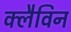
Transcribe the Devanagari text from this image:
क्लैविन